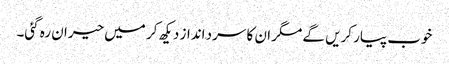
خوب پیار کریں گے مگر ان کا سرد انداز دیکھ کر میں حیران رہ گئی۔